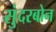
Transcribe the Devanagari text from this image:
सुंदरबोन